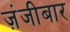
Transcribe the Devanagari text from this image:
ज़ंजीबार